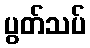
ပွတ်သပ်